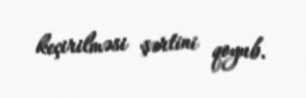
keçirilməsi şərtini qoyub.